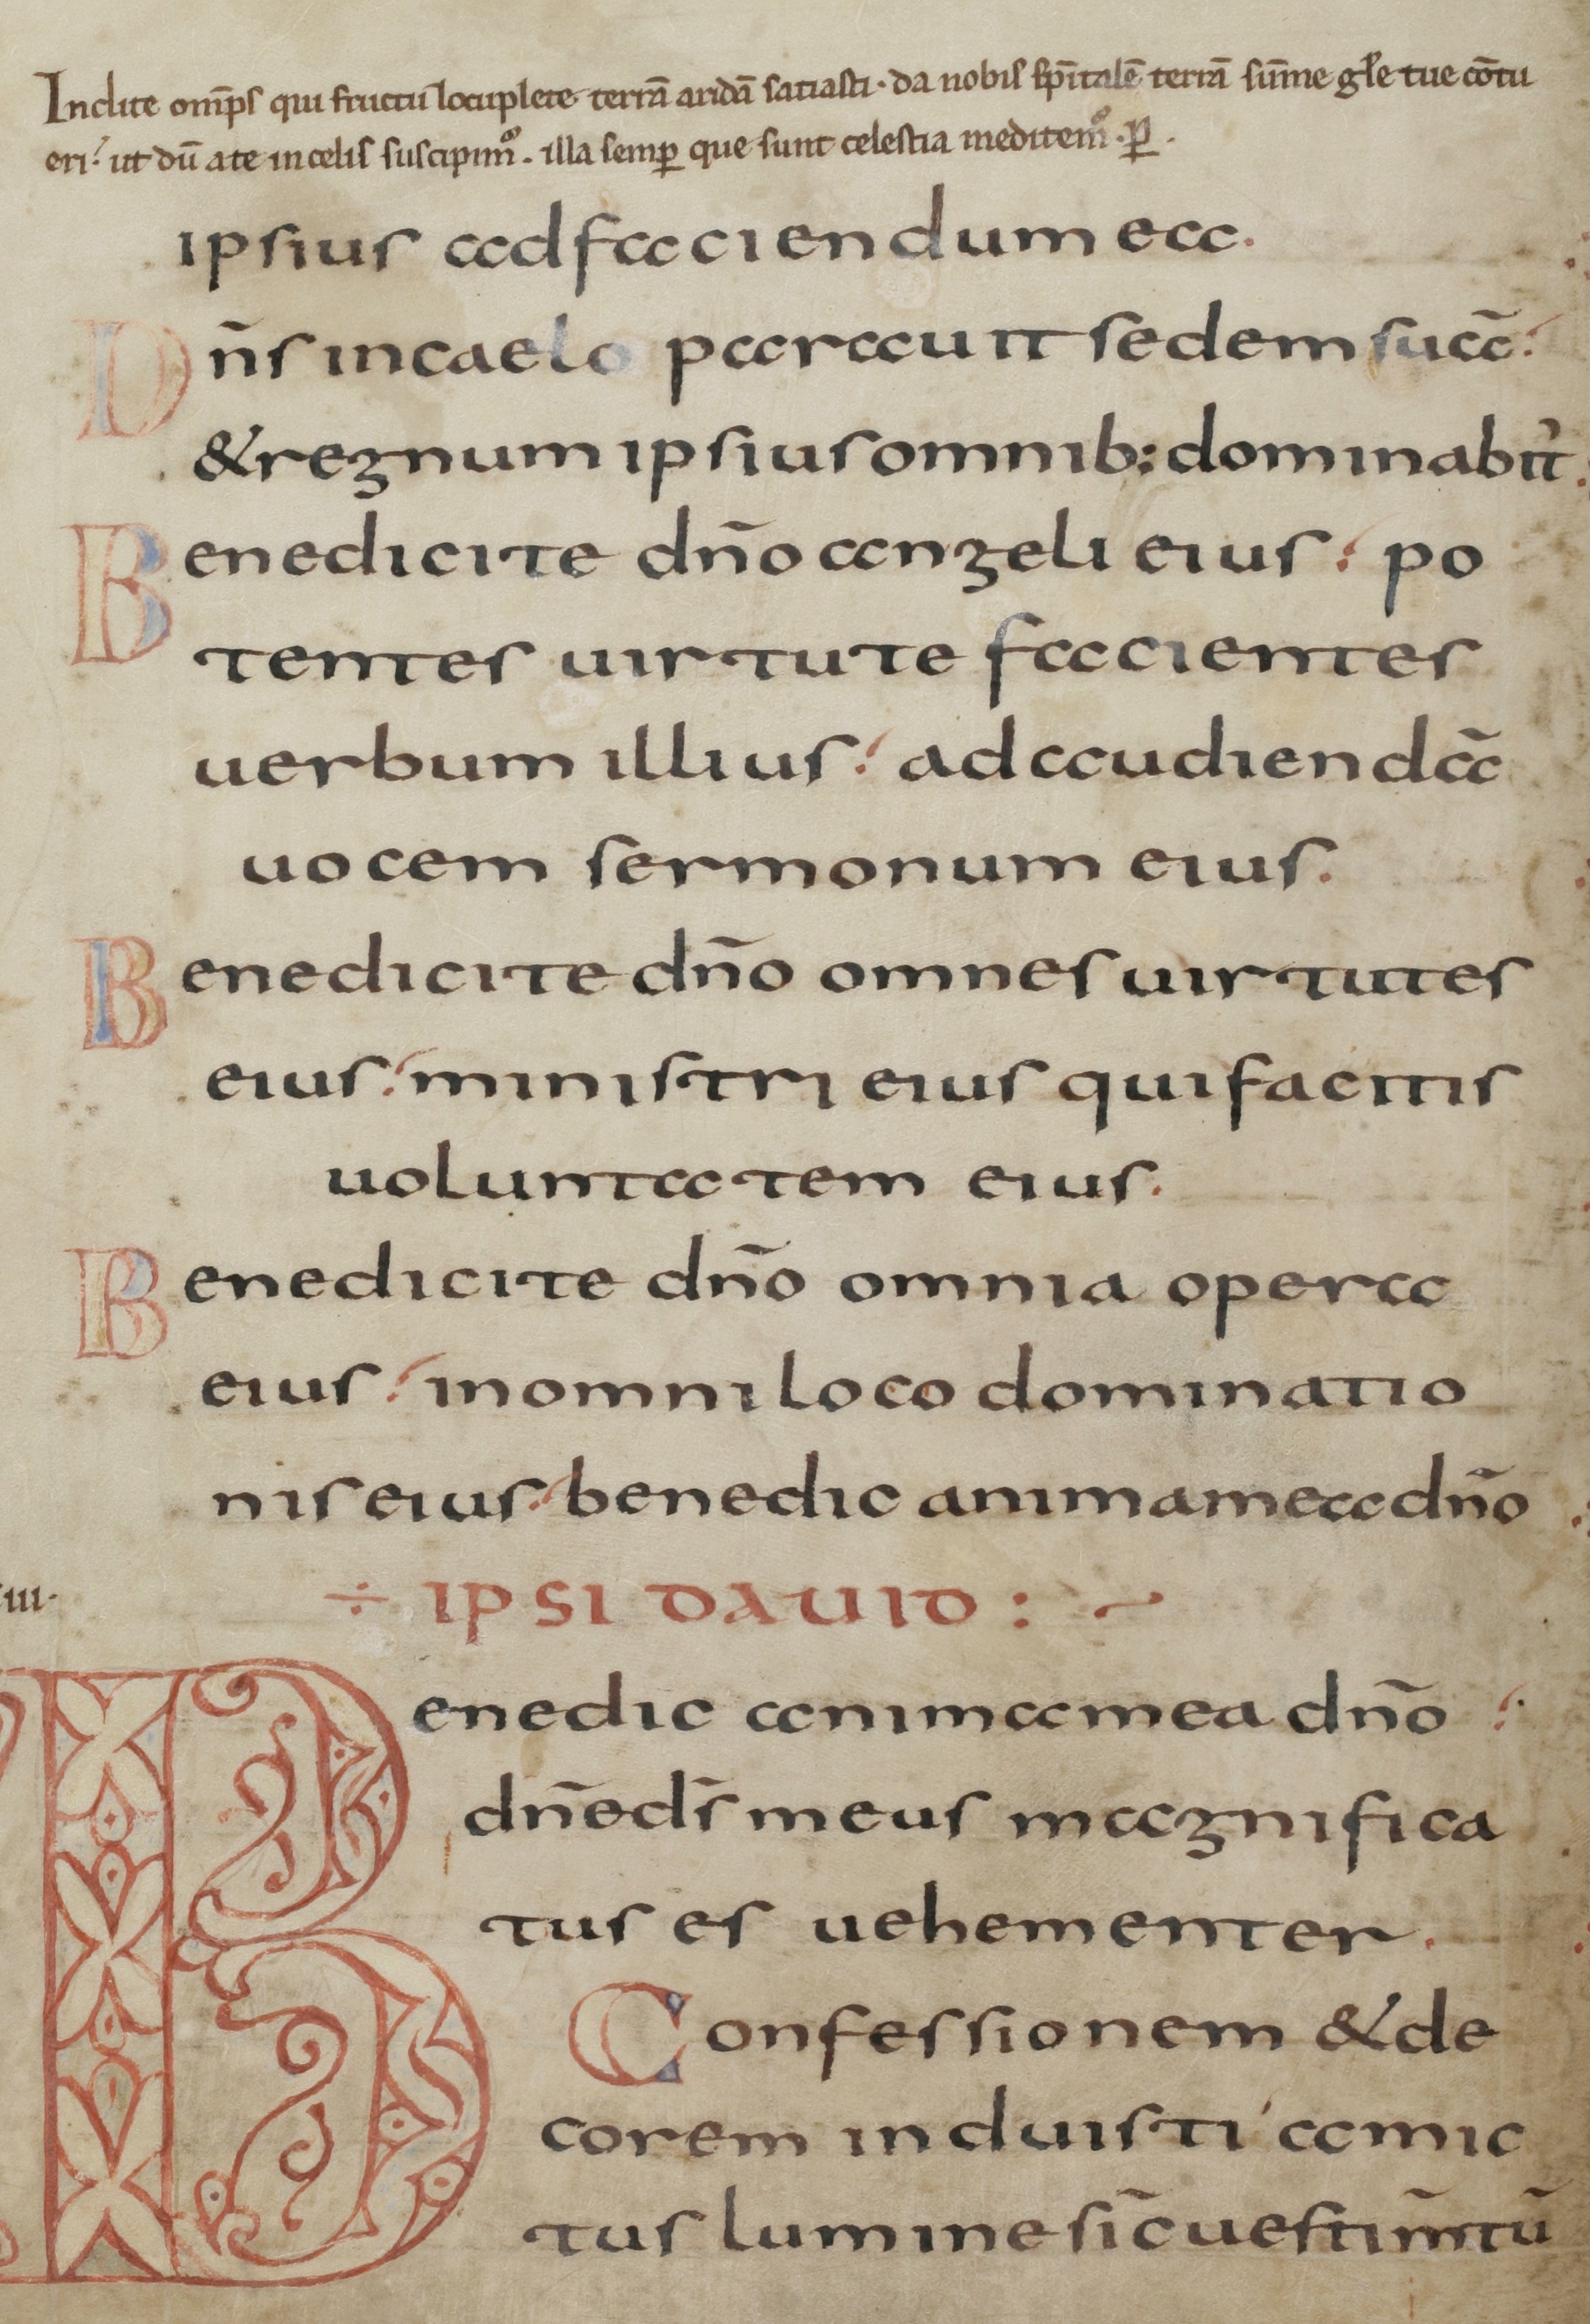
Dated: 800–845